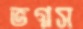
ভগ্নস